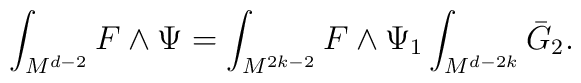
\int_{M^{d-2}} F \wedge \Psi = \int_{M^{2k-2}}F \wedge \Psi_{1}\int_{M^{d-2k}} \bar{G}_{2}.